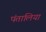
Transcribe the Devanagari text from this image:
पंतालिया